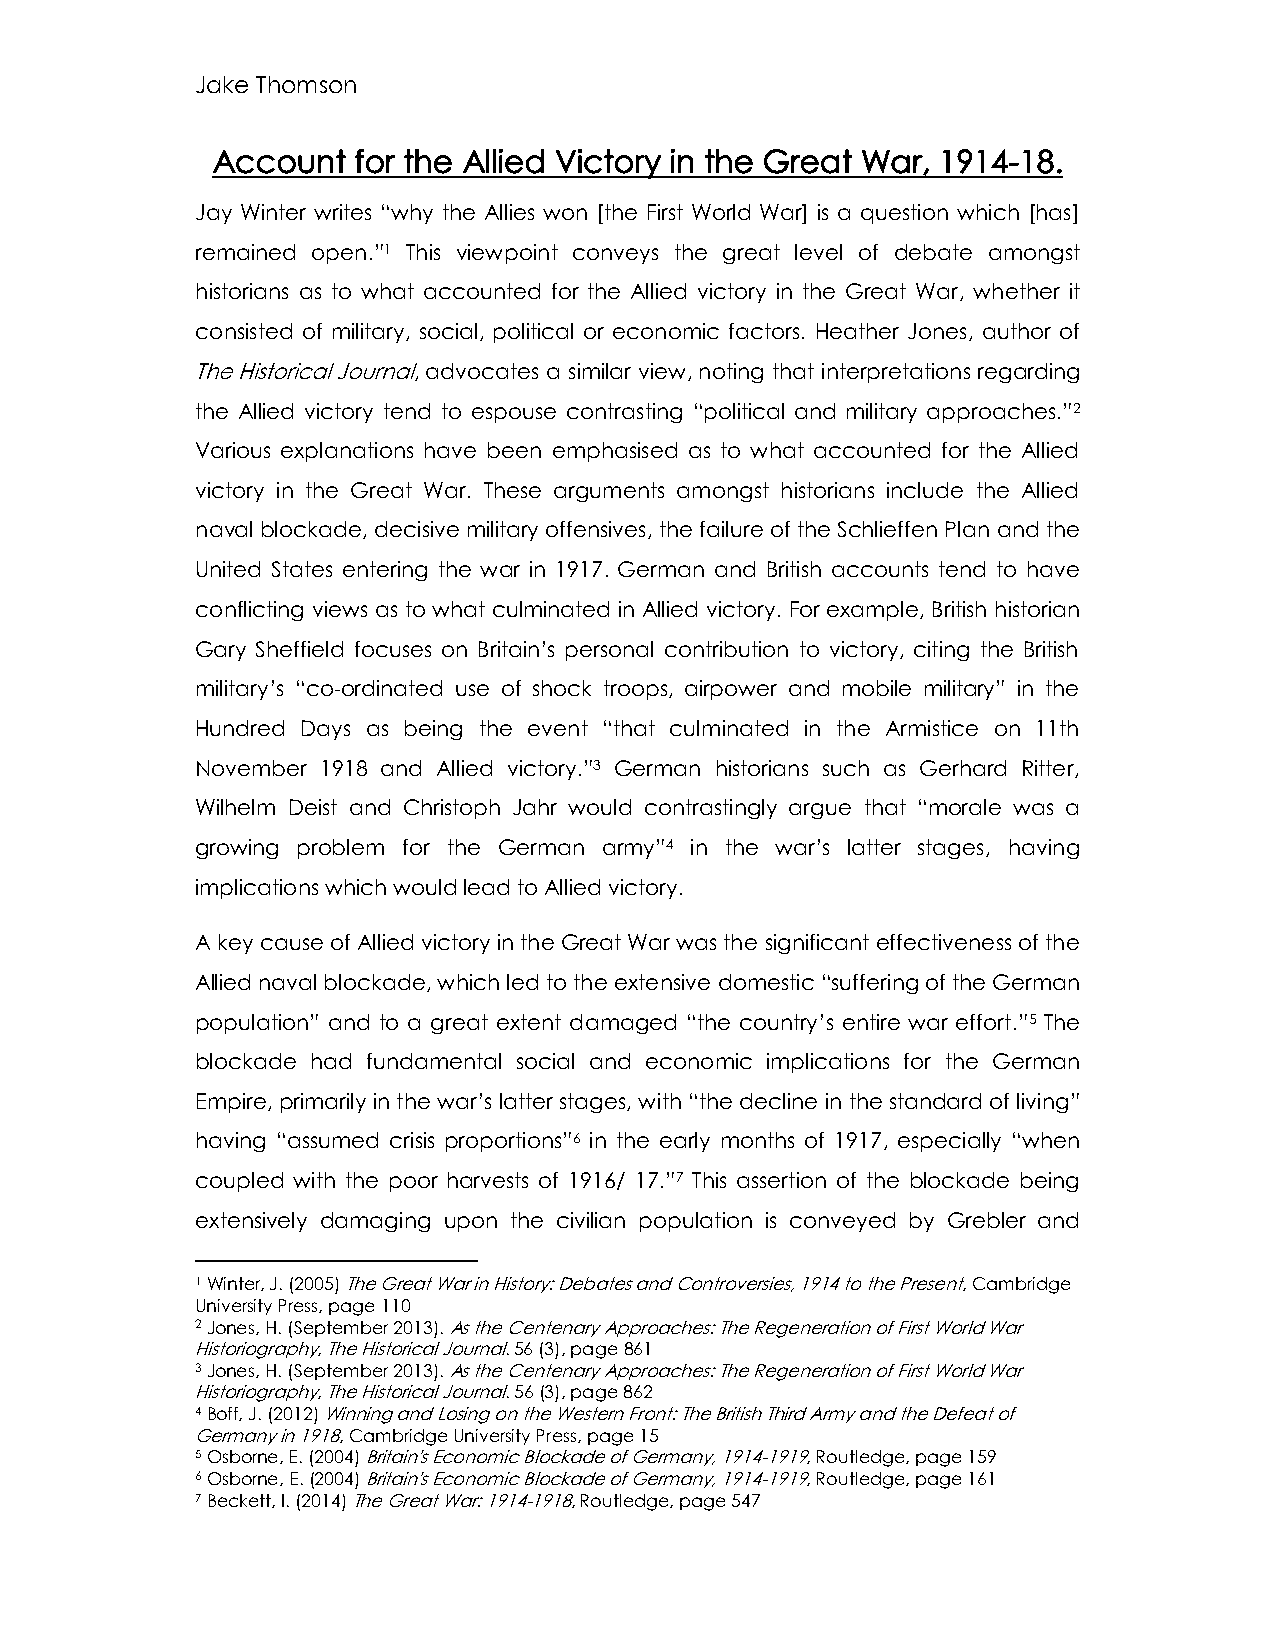
Jake Thomson
 Account  for the Allied Victory in the Great War, 1914-18.
 Jay Winter writes “why the Allies won [the First World War] is a question which [has]
 remained open.”1 This viewpoint conveys the great level of debate amongst
 historians as to what accounted for the Allied victory in the Great War, whether it
 consisted of military, social, political or economic factors. Heather Jones, author of
 The Historical Journal, advocates a similar view, noting that interpretations regarding
 the Allied victory tend to espouse contrasting “political and military approaches.”2
 Various explanations have been emphasised as to what accounted for the Allied
 victory in the Great War. These arguments amongst historians include the Allied
 naval blockade, decisive military offensives, the failure of the Schlieffen Plan and the
 United States entering the war in 1917. German and British accounts tend to have
 conflicting views as to what culminated in Allied victory. For example, British historian
 Gary Sheffield focuses on Britain’s personal contribution to victory, citing the British
 military’s “co-ordinated use of shock troops, airpower and mobile military” in the
 Hundred Days as being the event “that culminated in the Armistice on 11th
 November 1918 and Allied victory.”3 German historians such as Gerhard Ritter,
 Wilhelm Deist and Christoph Jahr would contrastingly argue that “morale was a
 growing problem for the German army”4 in the war’s latter stages, having
 implications which would lead to Allied victory.
 A key cause of Allied victory in the Great War was the significant effectiveness of the
 Allied naval blockade, which led to the extensive domestic “suffering of the German
 population” and to a great extent damaged “the country’s entire war effort.”5 The
 blockade had fundamental social and economic implications for the German
 Empire, primarily in the war’s latter stages, with “the decline in the standard of living”
 having “assumed crisis proportions”6 in the early months of 1917, especially “when
 coupled with the poor harvests of 1916/ 17.”7 This assertion of the blockade being
 extensively damaging upon the civilian population is conveyed by Grebler and
 1 Winter, J. (2005) The Great War in History: Debates and Controversies, 1914 to the Present, Cambridge
 University Press, page 110
 2 Jones, H. (September 2013). As the Centenary Approaches: The Regeneration of First World War
 Historiography, The Historical Journal. 56 (3), page 861
 3 Jones, H. (September 2013). As the Centenary Approaches: The Regeneration of First World War
 Historiography, The Historical Journal. 56 (3), page 862
 4 Boff, J. (2012) Winning and Losing on the Western Front: The British Third Army and the Defeat of
 Germany in 1918, Cambridge University Press, page 15
 5 Osborne, E. (2004) Britain's Economic Blockade of Germany, 1914-1919, Routledge, page 159
 6 Osborne, E. (2004) Britain's Economic Blockade of Germany, 1914-1919, Routledge, page 161
 7 Beckett, I. (2014) The Great War: 1914-1918, Routledge, page 547